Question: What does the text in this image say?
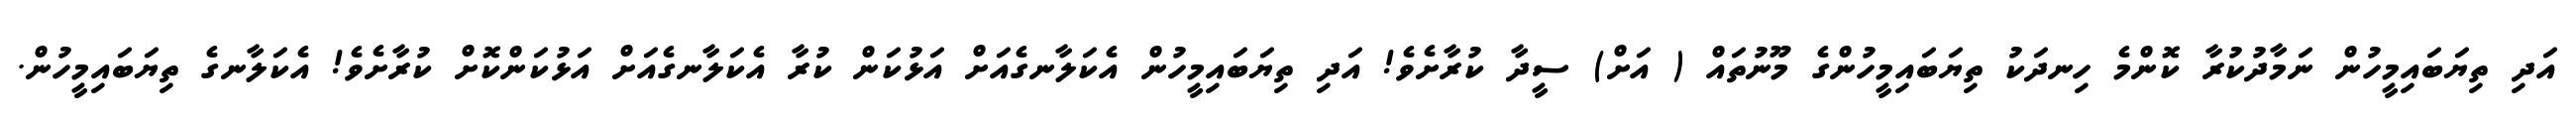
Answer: އަދި ތިޔަބައިމީހުން ނަމާދުކުރާ ކޮންމެ ހިނދަކު ތިޔަބައިމީހުންގެ މޫނުތައް ( އަށް) ސީދާ ކުރާށެވެ! އަދި ތިޔަބައިމީހުން އެކަލާނގެއަށް އަޅުކަން ކުރާ އެކަލާނގެއަށް އަޅުކަންކޮށް ކުރާށެވެ! އެކަލާނގެ ތިޔަބައިމީހުން.